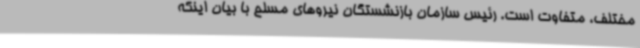
مختلف، متفاوت است. رئیس سازمان بازنشستگان نیروهای مسلح با بیان اینکه